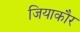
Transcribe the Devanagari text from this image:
जियाकौर